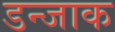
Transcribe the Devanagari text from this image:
डन्जाक